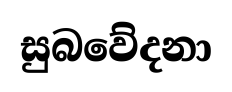
සුබවේදනා